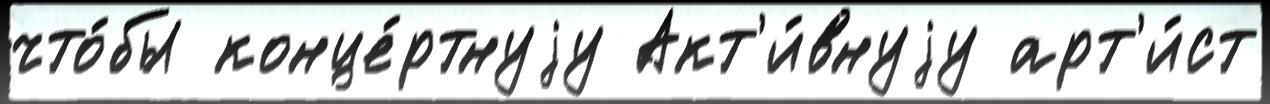
что́бы конце́ртнуjу Акт'и́внуjу арт'и́ст